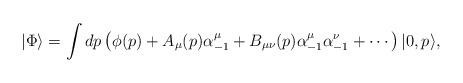
\begin{align*}|\Phi\rangle =\int dp\left(\phi(p)+A_{\mu}(p)\alpha^{\mu}_{-1}+B_{\mu\nu}(p)\alpha^{\mu}_{-1}\alpha^{\nu}_{-1}+\cdots\right)|0,p\rangle,\end{align*}